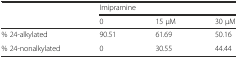
<table><thead><tr><td></td><td colspan="3"><b>Imipramine</b></td></tr><tr><td></td><td><b>0</b></td><td><b>15 μM</b></td><td><b>30 μM</b></td></tr></thead><tbody><tr><td>% 24-alkylated</td><td>90.51</td><td>61.69</td><td>50.16</td></tr><tr><td>% 24-nonalkylated</td><td>0</td><td>30.55</td><td>44.44</td></tr></tbody></table>